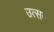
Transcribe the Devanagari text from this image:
उत्सव्